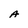
Character: A